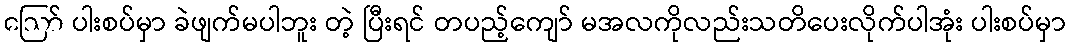
ဪ ပါးစပ်မှာ ခဲဖျက်မပါဘူး တဲ့ ပြီးရင် တပည့်ကျော် မအလကိုလည်းသတိပေးလိုက်ပါအုံး ပါးစပ်မှာ